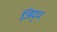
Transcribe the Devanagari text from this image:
जिद्ध